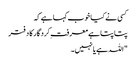
کسی نے کیا خوب کہا ہے کہ
پتا پتا ہے معرفتِ کردگار کا دفتر
"اللہ ہے یا نہیں۔